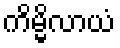
ကိမ္မိလာယံ